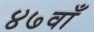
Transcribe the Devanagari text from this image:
४७वाँ